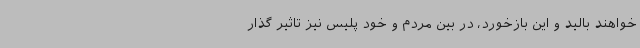
خواهند بالید و این بازخورد، در بین مردم و خود پلیس نیز تاثیر گذار